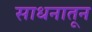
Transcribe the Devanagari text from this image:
साधनातून